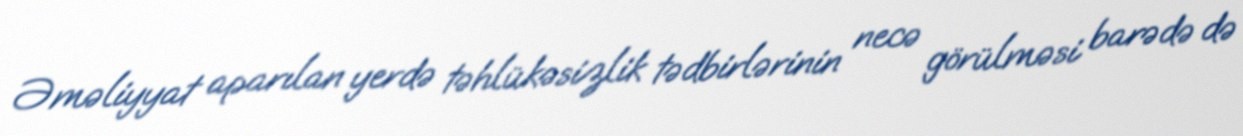
Əməliyyat aparılan yerdə təhlükəsizlik tədbirlərinin necə görülməsi barədə də